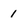
Character: 1